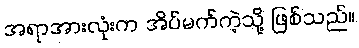
အရာအားလုံးက အိပ်မက်ကဲ့သို့ ဖြစ်သည်။